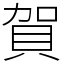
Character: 賀